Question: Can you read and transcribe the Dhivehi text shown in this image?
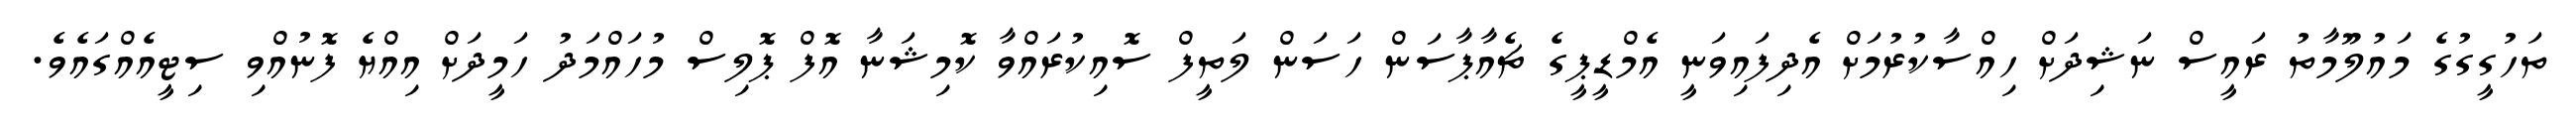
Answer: ތަހުގީގުގެ މައުލޫމާތު ރައީސް ނަޝިދަށް ހިއްސާކުރުމަށް އެދިފައިވަނީ އެމްޑީޕީގެ ޗެއާޕާސަން ހަސަން ލަތީފް ސޮއިކުރައްވާ ކޮމިޝަނާ އޮފް ޕޮލިސް މުހައްމަދު ހަމީދަށް އިއްޔެ ފޮނުއްވި ސިޓީއެއްގައެވެ.